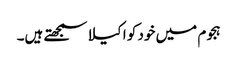
ہجوم میں خود کو اکیلا سمجھتے ہیں۔